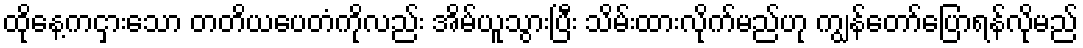
ထိုနေ့ကငှားသော တတိယပေတံကိုလည်း အိမ်ယူသွားပြီး သိမ်းထားလိုက်မည်ဟု ကျွန်တော်ပြောရန်လိုမည်